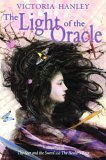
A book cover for The Light of the Oracle; Victoria Hanley; Teen & Young Adult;